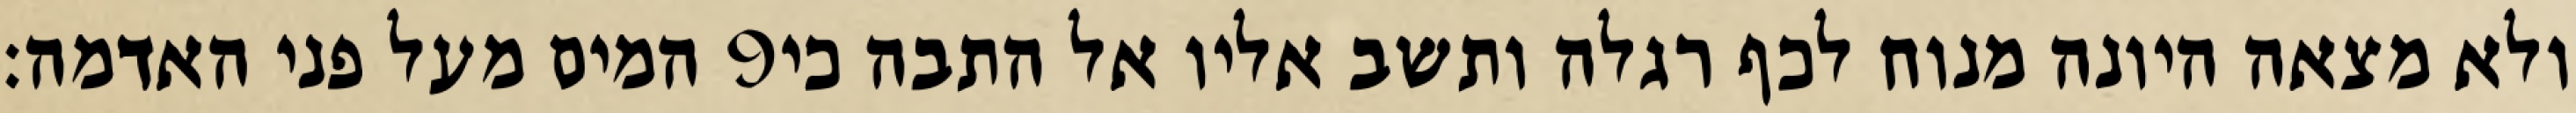
המים מעל פני האדמה׃ ‎9‏ ולא מצאה היונה מנוח לכף רגלה ותשב אליו אל התבה כי